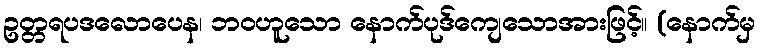
ဥတ္တရပဒလောပေန၊ ဘဝဟူသော နောက်ပုဒ်ကျေသောအားဖြင့်။ (နောက်မှ